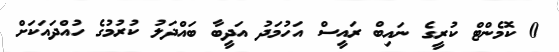
0 ކޮމެންޓް ކުރީގެ ނައިބް ރައީސް އަހުމަދު އަދީބާ ބައްދަލު ކުރުމުގެ ހުއްދައަކަށް